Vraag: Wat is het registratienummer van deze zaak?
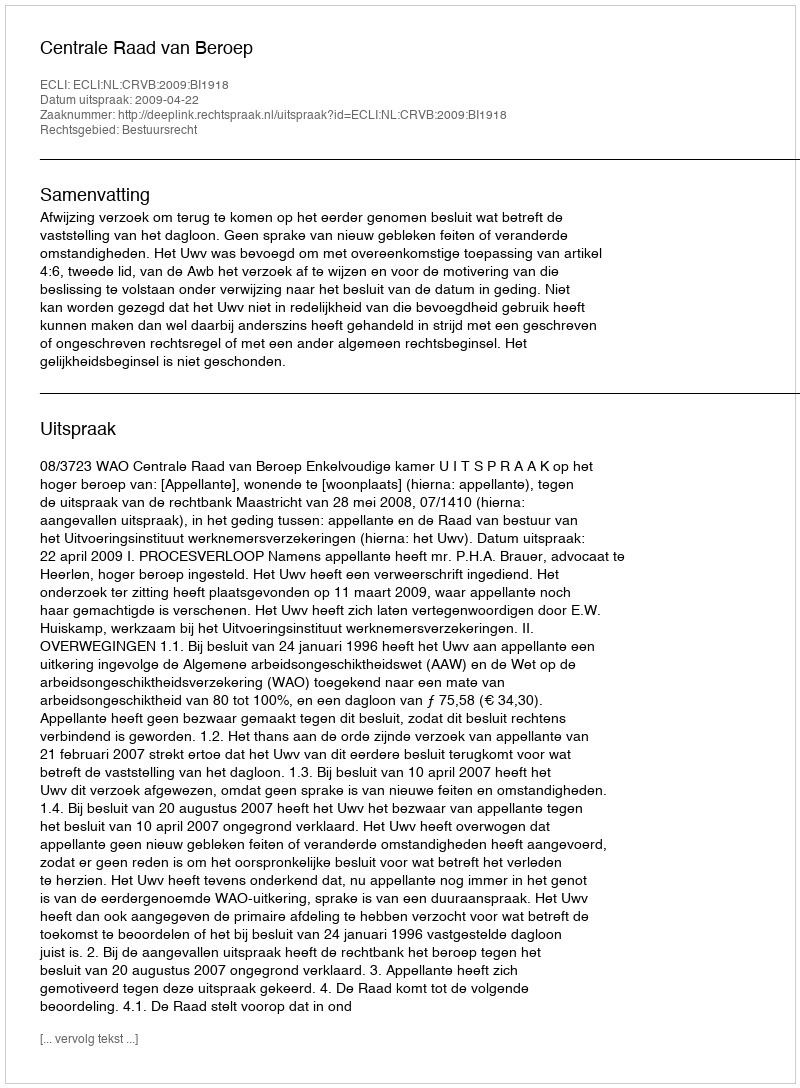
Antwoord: http://deeplink.rechtspraak.nl/uitspraak?id=ECLI:NL:CRVB:2009:BI1918